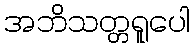
အဘိသတ္တရူပေါ